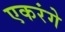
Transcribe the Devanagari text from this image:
एकरंगे